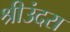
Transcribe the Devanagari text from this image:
श्रीउंदरा